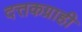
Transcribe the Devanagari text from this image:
दत्तकग्राही